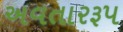
અવતારરૂપ